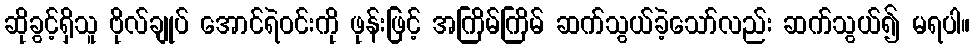
ဆိုခွင့်ရှိသူ ဗိုလ်ချုပ် အောင်ရဲဝင်းကို ဖုန်းဖြင့် အကြိမ်ကြိမ် ဆက်သွယ်ခဲ့သော်လည်း ဆက်သွယ်၍ မရပါ။